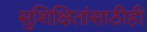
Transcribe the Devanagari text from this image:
सुशिक्षितांसाठीही